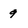
Character: 9